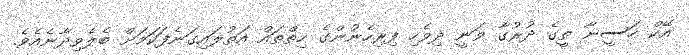
އޭކް ހަސީނާ ތީގެ ދުރުގާ ވަނީ ދިވެހި ފިރިހެނުންގެ ހިތްތައް އަތުލައިގަނެފަކަމަށް ބެލެވިދާނެއެވެ.